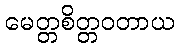
မေတ္တစိတ္တဝတာယ